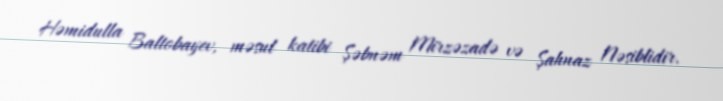
Həmidulla Baltobayev, məsul katibi Şəbnəm Mirzəzadə və Şahnaz Nəsiblidir.